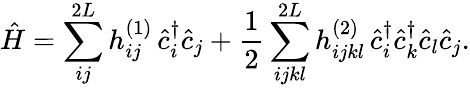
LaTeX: \hat{H}=\sum_{ij}^{2L}h_{ij}^{(1)}\, \hat{c}_{i}^{\dagger}\hat{c}_{j}+\frac{1}{2}\sum_{ijkl}^{2L}h_{ijkl}^{(2)}\, \hat{c}_{i}^{\dagger}\hat{c}_{k}^{\dagger}\hat{c}_{l}\hat{c}_{j}.